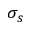
\sigma _ { s }